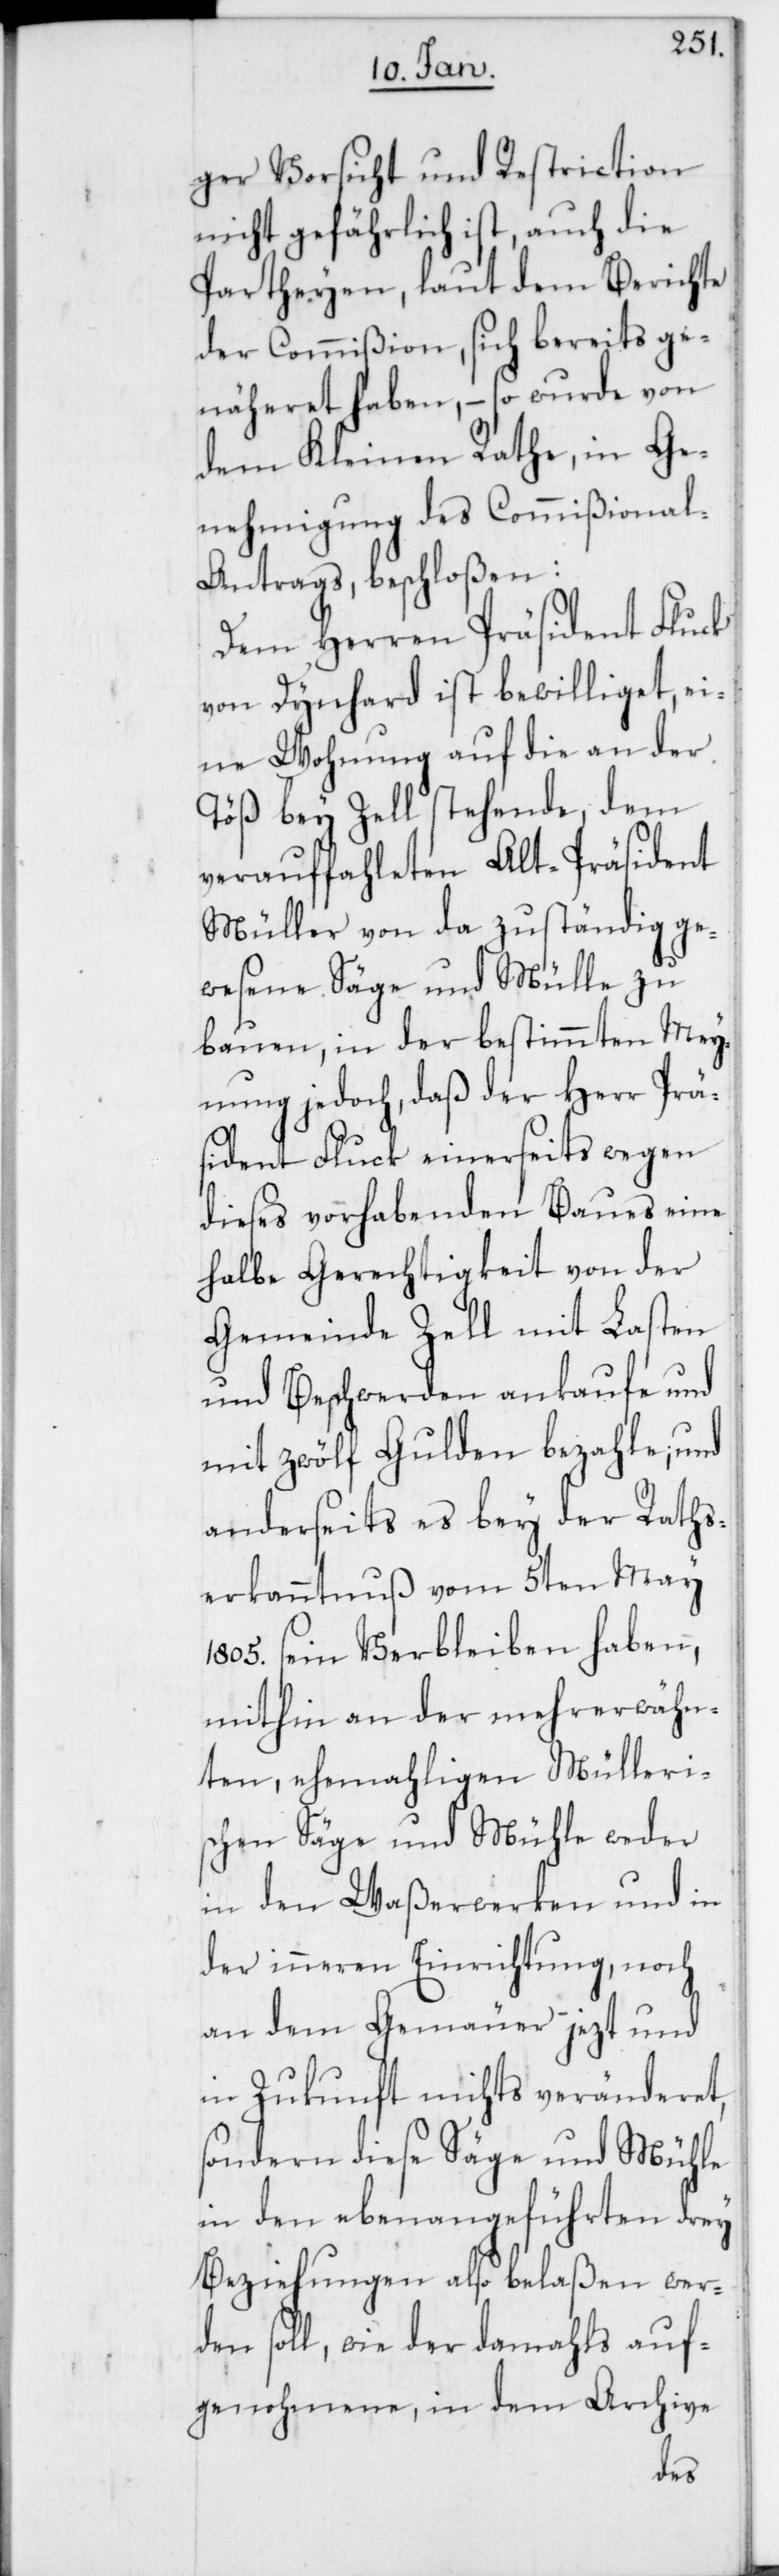
ger Vorsicht und Restriction
nicht gefährlich ist, auch die
Partheyen, laut dem Berichte
der Commißion, sich bereits ge¬
näheret haben, – so wurde von
dem Kleinen Rathe, in Ge¬
nehmigung des Commißional-A¬
ntrags beschloßen:
Dem Herren Präsident Fluck
von Dynhard ist bewilliget, ei¬
ne Wohnung auf die an der
Töß bey Zell stehende, dem
verauffahleten Alt-Präsident
Müller von da zuständig ge¬
wesene Säge und Mülle zu
bauen, in der bestimmten Mey¬
nung jedoch, daß der Herr Prä¬
sident Fluck einerseits wegen
dieses vorhabenden Baues eine
halbe Gerechtigkeit von der
Gemeinde Zell mit Lasten
und Beschwerden ankaufe und
mit zwölf Gulden bezahle; und
anderseits es bey der Raths¬
erkanntnuß vom 5ten May
1805. sein Verbleiben haben,
mithin an der mehrerwähn¬
ten, ehemaligen Mülleris¬
chen Säge und Mühle weder
in den Waßerwerken und in
der inneren Einrichtung, noch
an dem Gemäuer – jezt und
in Zukunft nichts veränderet,
sondern diese Säge und Mühle
in den ebenangeführten drey
Beziehungen also belaßen wer¬
den soll, wie der damahls auf¬
genohmene, in dem Archive